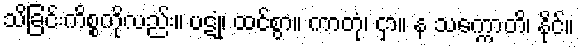
သိခြင်းကိစ္စကိုလည်း။ ပဋုံ၊ ထင်စွာ။ ကာတုံ၊ ငှာ။ န သက္ကောတိ၊ နိုင်။